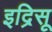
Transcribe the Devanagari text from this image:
इद्रिसू